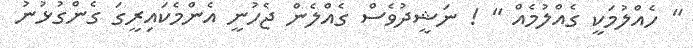
" ހެއްލުމަކީ ގެއްލުމެއް " ! ނަޝީދުވެސް ގެއްލެން ޖެހުނީ އެންމެކައިރީގަ ގެންގުޅުނު